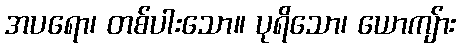
အပရော၊ တစ်ပါးသော။ ပုရိသော၊ ယောကျ်ား